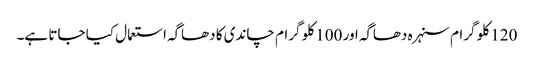
120 کلو گرام سنہرہ دھاگہ اور 100 کلو گرام چاندی کا دھاگہ استعمال کیا جاتا ہے۔